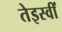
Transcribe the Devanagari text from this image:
तेइस्वीं